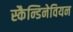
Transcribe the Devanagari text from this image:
स्कैन्डिनेवियन